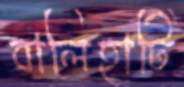
বালিহাটি